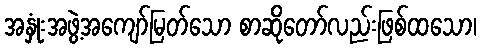
အနှုံးအဖွဲ့အကျော်မြတ်သော စာဆိုတော်လည်းဖြစ်ထသော၊